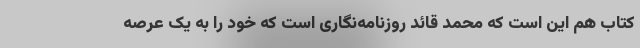
کتاب هم این است که محمد قائد روزنامه‌نگاری است که خود را به یک عرصه